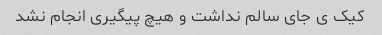
کیک ی جای سالم نداشت و هیچ پیگیری انجام نشد